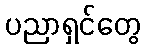
ပညာရှင်တွေ